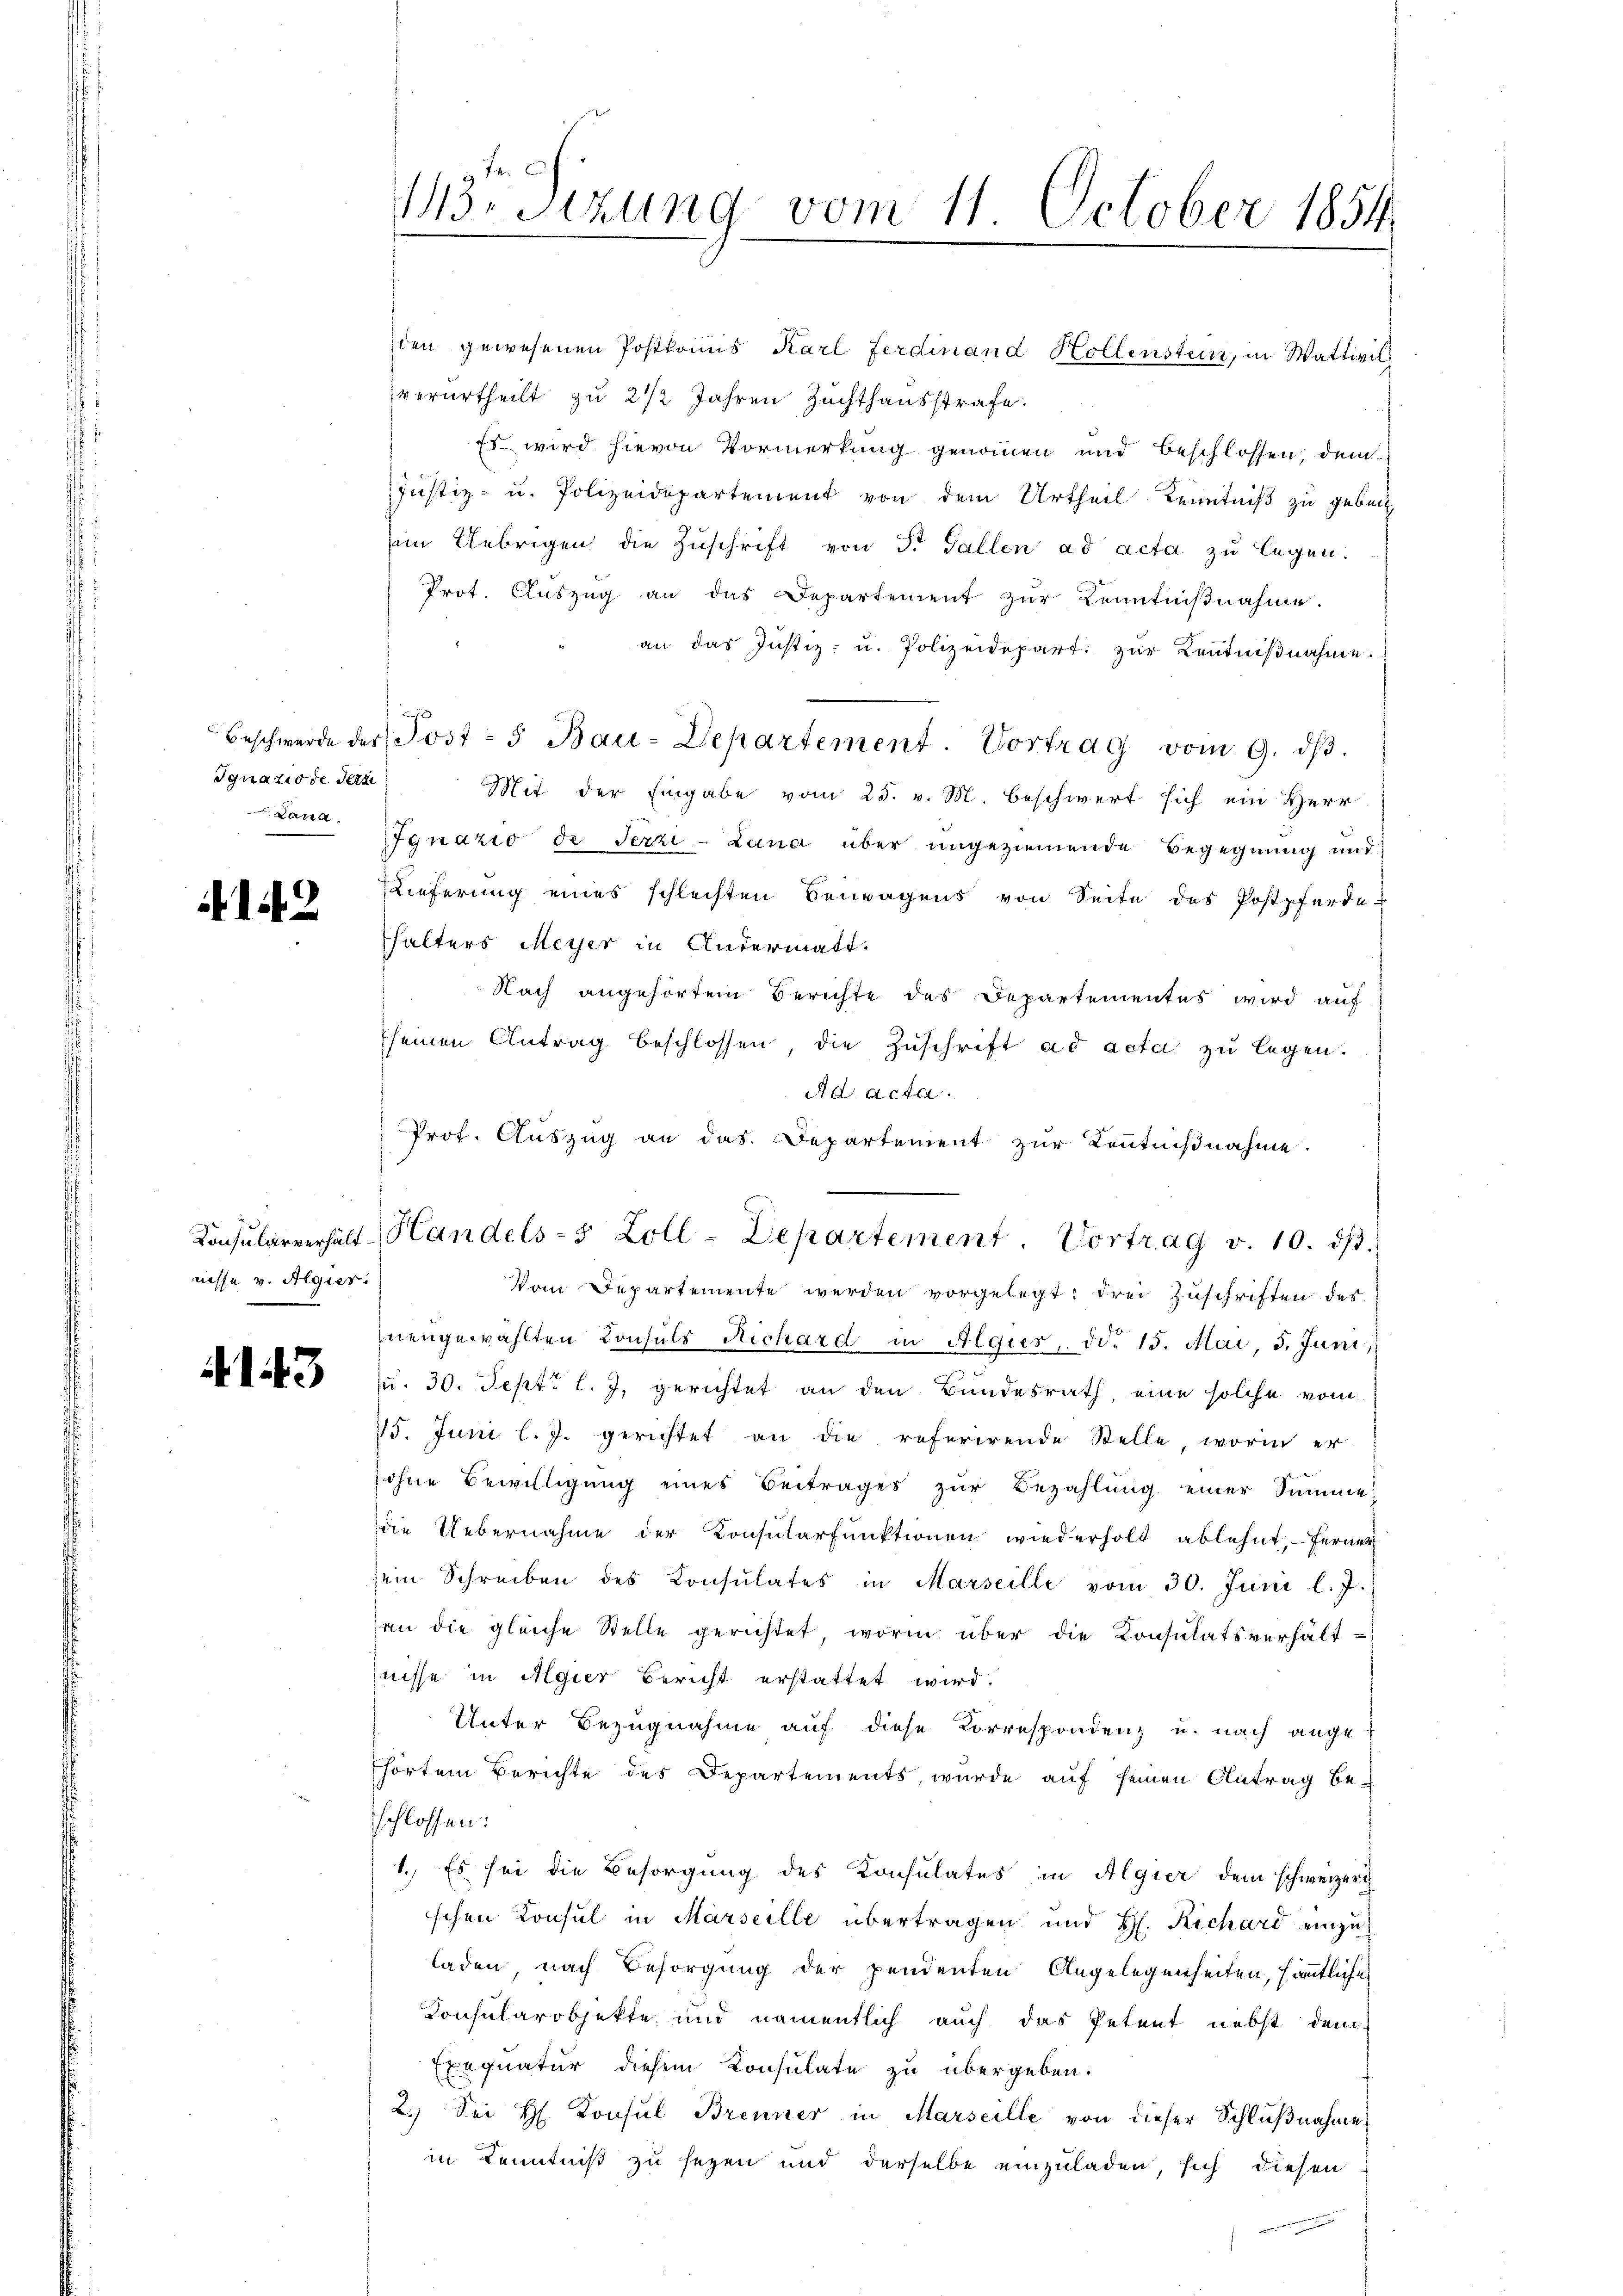
Ignatio de Terzi
Lana

142

nisse v. Algier.

143

ten gewesenen Postkomis Karl Ferdinand Hollenstein, in Wattivil
verurtheilt zu 2 1/2 Jahren Zuchthausstrafe.
Es wird hievon Vormerkung genommen und beschlossen, dem
Justiz- u. Polizeidepartement von dem Urtheil Kenntniß zu gebet
im Uebrigen die Zŭschrift von 3. Gallen ad acta zu legen.
Prot. Aŭszŭg an das Departement zŭr Kenntniβnahme.
an das Justiz- u. Polizeidepart. zŭr Kenntniβnahme.
Beschwerde der Post- 5 Bau-Departement. Vortrag vom 9. dβ.
Mit der Eingabe vom 25. v. M. beschwert sich ein Herr
Ignazio de Terzi-Lana über ungeziemende Begegnung und
Lieferung eines schlechten Bewegens von Seite des Postpferde-
halters Meyer in Andermatt.
Nach angehörten Berichte des Departementes wird auf
seinen Antrag beschlossen, die Zuschrift ad acta zu legen.
Ad acta.
Prof. Auszug an das. Departement zur Kenntnißnahme.
Vom Departemente werden vorgelegt: drei Zuschriften des
znengewählten Konsuls Richard in Algies, ddo 15. Mai, 3. Juni,
u. 30. Sept. l. J. gerichtet an den Bundesrath, eine solche vom
75. Juni l. J. gerichtet an die referirende Stelle, worin er
sohne Bewilligŭng eines Beitrages zŭr Bezahlung einer Summe,
die Uebernahme der Konsularfunktionen wiederholt ablehnt, ferner
sein Schreiben des Konsulates in Marseille vom 30. Juni l. J.
an die gleiche Stelle gerichtet, worin über die Konsulatsverhältnisse in Algier Bericht erstattet wird.
Unter Bezugnahme auf diese Korrespondenz u. nach ange-
hörten Berichte des Departements, wurde auf seinen Antrag beschlossen:
1. Es sei die Besorgung des Konsulates in Algier dem schweizeri
schen Konsul in Marseille übertragen und H. Richard einzuladen nach Besorgung der pendenten Angelegenheiten, sämtliche
Konsularobjekte und namentlich auch das Petent nebst dem
Exequatur diesem Konsulate zu übergeben.
2.) Sei H. Konsul Brenner in Marseille von dieser Schlußnahme
in Kenntniß zu seyen und derselbe einzuladen, sich diesen

113. Sizung vom 11. October 1854

Konsularverhält-Handels-5 Zoll-Departement. Vortrag v. 10. dβ.